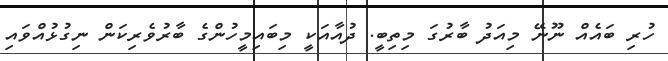
ހުރި ބައެއް ނޫނޭ މިއަދު ބާރުގަ މިތިބީ. ދުއާއަކީ މިބައިމީހުންގެ ބާރުވެރިކަން ނިގުޅުއްވައި